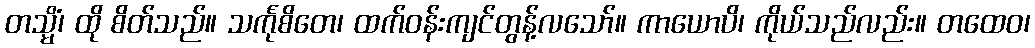
တသ္မိံ၊ ထို စိတ်သည်။ သင်္ကုစိတေ၊ ထက်ဝန်းကျင်တွန့်လသော်။ ကာယောပိ၊ ကိုယ်သည်လည်း။ တထေဝ၊